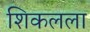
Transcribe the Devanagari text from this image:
शिकलला